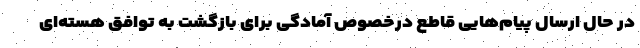
در حال ارسال پیام‌هایی قاطع درخصوص آمادگی برای بازگشت به توافق هسته‌ای